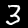
Label: 3